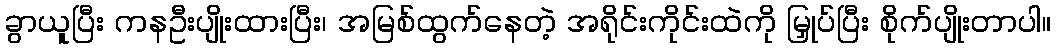
ခွာယူပြီး ကနဦးပျိုးထားပြီး၊ အမြစ်ထွက်နေတဲ့ အရိုင်းကိုင်းထဲကို မြှုပ်ပြီး စိုက်ပျိုးတာပါ။